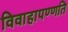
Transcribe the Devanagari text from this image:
विवाहापण्णति